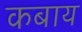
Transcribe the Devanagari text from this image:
कबाय